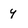
Character: y